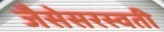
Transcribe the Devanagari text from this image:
जैसेसरस्वती